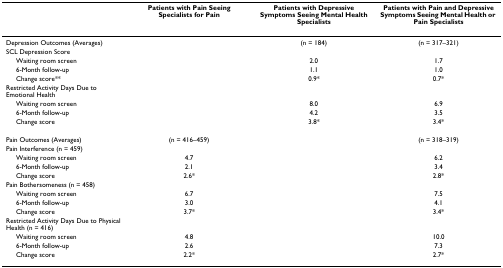
<table><thead><tr><td></td><td><b>Patients with Pain Seeing Specialists for Pain</b></td><td><b>Patients with Depressive Symptoms Seeing Mental Health Specialists</b></td><td><b>Patients with Pain and Depressive Symptoms Seeing Mental Health or Pain Specialists</b></td></tr></thead><tbody><tr><td>Depression Outcomes (Averages)</td><td></td><td>(n = 184)</td><td>(n = 317–321)</td></tr><tr><td>SCL Depression Score</td><td></td><td></td><td></td></tr><tr><td> Waiting room screen</td><td></td><td>2.0</td><td>1.7</td></tr><tr><td> 6-Month follow-up</td><td></td><td>1.1</td><td>1.0</td></tr><tr><td> Change score**</td><td></td><td>0.9*</td><td>0.7*</td></tr><tr><td>Restricted Activity Days Due to Emotional Health</td><td></td><td></td><td></td></tr><tr><td> Waiting room screen</td><td></td><td>8.0</td><td>6.9</td></tr><tr><td> 6-Month follow-up</td><td></td><td>4.2</td><td>3.5</td></tr><tr><td> Change score</td><td></td><td>3.8*</td><td>3.4*</td></tr><tr><td>Pain Outcomes (Averages)</td><td>(n = 416–459)</td><td></td><td>(n = 318–319)</td></tr><tr><td>Pain Interference (n = 459)</td><td></td><td></td><td></td></tr><tr><td> Waiting room screen</td><td>4.7</td><td></td><td>6.2</td></tr><tr><td> 6-Month follow-up</td><td>2.1</td><td></td><td>3.4</td></tr><tr><td> Change score</td><td>2.6*</td><td></td><td>2.8*</td></tr><tr><td>Pain Bothersomeness (n = 458)</td><td></td><td></td><td></td></tr><tr><td> Waiting room screen</td><td>6.7</td><td></td><td>7.5</td></tr><tr><td> 6-Month follow-up</td><td>3.0</td><td></td><td>4.1</td></tr><tr><td> Change score</td><td>3.7*</td><td></td><td>3.4*</td></tr><tr><td>Restricted Activity Days Due to Physical Health (n = 416)</td><td></td><td></td><td></td></tr><tr><td> Waiting room screen</td><td>4.8</td><td></td><td>10.0</td></tr><tr><td> 6-Month follow-up</td><td>2.6</td><td></td><td>7.3</td></tr><tr><td> Change score</td><td>2.2*</td><td></td><td>2.7*</td></tr></tbody></table>